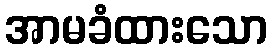
အာမခံထားသော